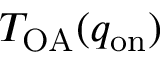
T _ { \mathrm { O A } } ( q _ { \mathrm { o n } } )